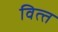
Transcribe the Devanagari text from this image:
वित्‍त